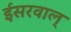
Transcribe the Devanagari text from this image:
ईसरवाल्